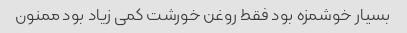
بسیار خوشمزه بود فقط روغن خورشت کمی زیاد بود ممنون